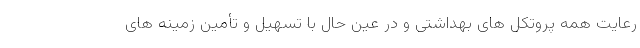
رعایت همه پروتکل های بهداشتی و در عین حال با تسهیل و تأمین زمینه های